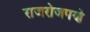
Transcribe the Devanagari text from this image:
राजरोजपणे